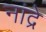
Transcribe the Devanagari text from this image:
नांद्रे